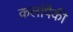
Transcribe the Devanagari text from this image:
कलांपैकी